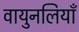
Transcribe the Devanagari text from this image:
वायुनलियाँ